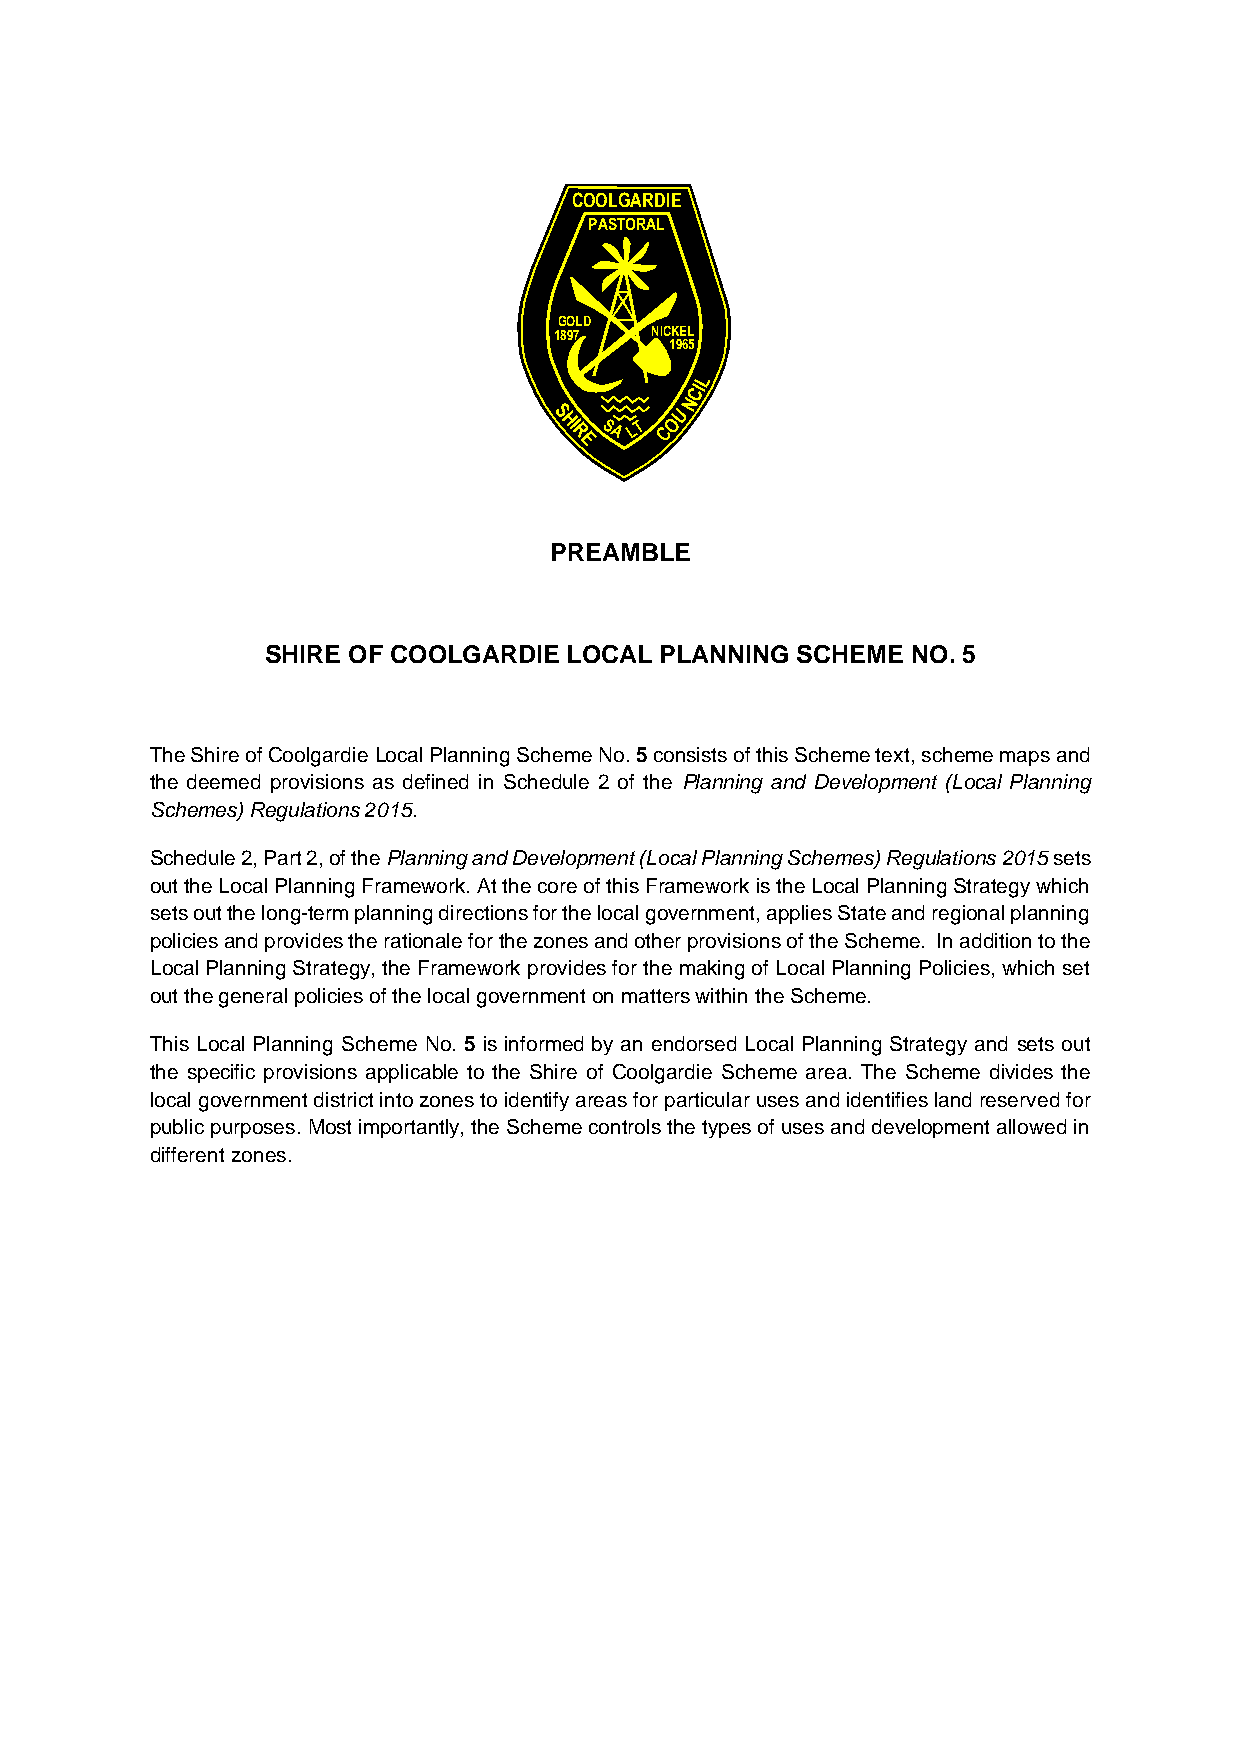
CCOOOOLLGGAARRDDIIEE
 PPAASSTTOORRAALL
 GGOOLLDD
 11889977 NNIICCKKEELL
 11996655
 LL
 CCII
 NN
 SS       UU
 HHII
 RR
 SSAALLTT CCOO
 EE
 PREAMBLE
 SHIRE OF COOLGARDIE LOCAL PLANNING SCHEME NO. 5
 The Shire of Coolgardie Local Planning Scheme No. 5 consists of this Scheme text, scheme maps and
 the deemed provisions as defined in Schedule 2 of the Planning and Development (Local Planning
 Schemes) Regulations 2015.
 Schedule 2, Part 2, of the Planning and Development (Local Planning Schemes) Regulations 2015 sets
 out the Local Planning Framework. At the core of this Framework is the Local Planning Strategy which
 sets out the long-term planning directions for the local government, applies State and regional planning
 policies and provides the rationale for the zones and other provisions of the Scheme. In addition to the
 Local Planning Strategy, the Framework provides for the making of Local Planning Policies, which set
 out the general policies of the local government on matters within the Scheme.
 This Local Planning Scheme No. 5 is informed by an endorsed Local Planning Strategy and sets out
 the specific provisions applicable to the Shire of Coolgardie Scheme area. The Scheme divides the
 local government district into zones to identify areas for particular uses and identifies land reserved for
 public purposes. Most importantly, the Scheme controls the types of uses and development allowed in
 different zones.